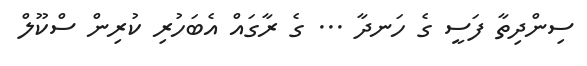
ސިންދިތާ ފަސީ ގެ ހަނދާ ... ގެ ރާގަައް އެބަހުރި ކުރިން ސްކޫލް